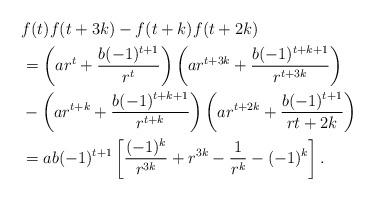
LaTeX: \begin{align*}&f(t)f(t+3k)-f(t+k)f(t+2k)\\&=\left(ar^t+\frac{b(-1)^{t+1}}{r^t}\right)\left(ar^{t+3k}+\frac{b(-1)^{t+k+1}}{r^{t+3k}}\right)\\&-\left(ar^{t+k}+\dfrac{b(-1)^{t+k+1}}{r^{t+k}}\right)\left(ar^{t+2k}+\frac{b(-1)^{t+1}}{r{t+2k}}\right)\\&=ab(-1)^{t+1}\left[\frac{(-1)^{k}}{r^{3k}}+r^{3k}-\frac{1}{r^k}-(-1)^{k}\right].\end{align*}